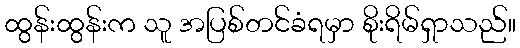
ထွန်းထွန်းက သူ အပြစ်တင်ခံရမှာ စိုးရိမ်ရှာသည်။